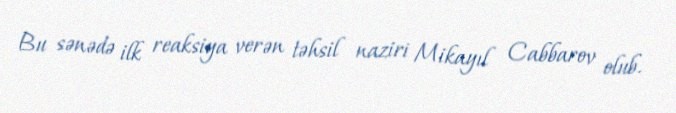
Bu sənədə ilk reaksiya verən təhsil naziri Mikayıl Cabbarov olub.